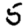
Digit: 5